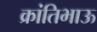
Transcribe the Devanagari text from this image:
क्रांतिभाऊ